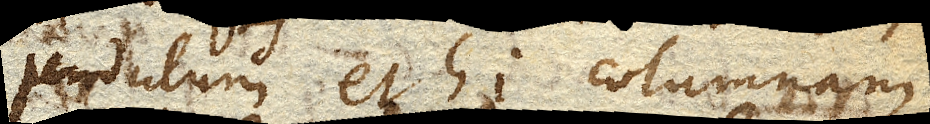
pendulum et hi columnam